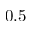
0 . 5